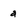
Character: a